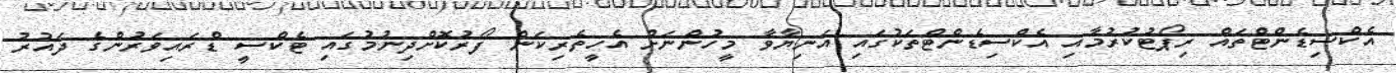
އެކްސިޑެންޓްތައް ރިޕޯޓުކުރުމާއި އެކްސިޑެންޓްތަކުގައި އަނިޔާވާ މީހުންނަށް އެހީތެރިކަން ފޯރުކޮށްދިނުމުގައި ޓެކްސީ ޑްރައިވަރުންގެ ދައުރު